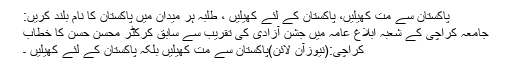
پاکستان سے مت کھیلیں، پاکستان کے لئے کھیلیں ، طلبہ ہر میدان میں پاکستان کا نام بلند کریں:
جامعہ کراچی کے شعبہ ابلاغ عامہ میں جشن آزادی کی تقریب سے سابق کرکٹر محسن حسن کا خطاب
کراچی:(نیوزآن لائن)پاکستان سے مت کھیلیں بلکہ پاکستان کے لئے کھیلیں ۔